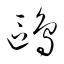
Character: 鷗